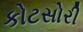
કોટસોરી